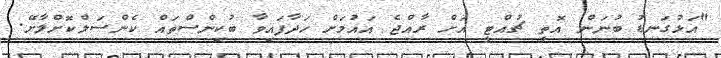
"އަޅުގަނޑު ބުނަން އޮތީ ޗުއްޓީ އަށް ރާއްޖެ އައުމަށް ހަދާފައިވާ ބުކިންސްތައް ކެންސަލްކޮށްލާށޭ.